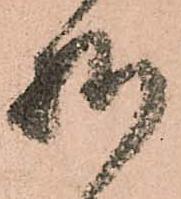
様